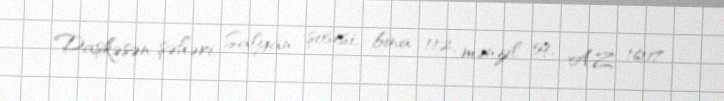
Daşkəsən şəhəri, Salyan şosesi, bina 112, mənzil 59, AZ 1607